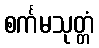
စင်္ကမသုတ္တံ